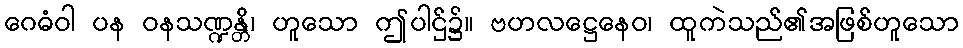
ဂေဓံဝါ ပန ဝနသဏ္ဍန္တိ၊ ဟူသော ဤပါဌ်၌။ ဗဟလဋ္ဌေနေဝ၊ ထူကဲသည်၏အဖြစ်ဟူသော